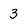
Character: 3